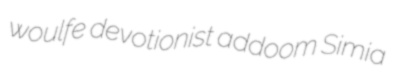
woulfe devotionist addoom Simia